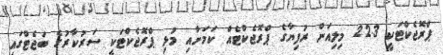
ޕްރޮޖެކްޓަކީ 22.3 މިލިއަން ރުފިޔާގެ ޕްރޮޖެކްޓެއް ކަމަށާއި މުޅި ޕްރޮޖެކްޓަކީ ސަރުކާރުގެ ބަޖެޓްގައި